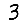
Digit: 3